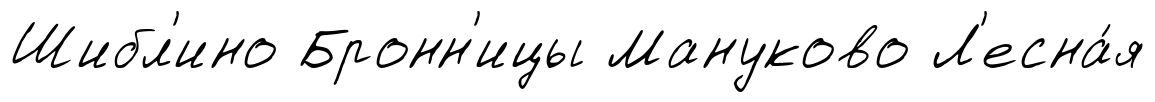
Шибл'ино Бронн'ицы Мануково Л'есна́я